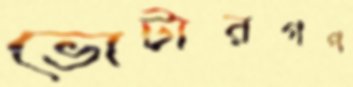
ভোটারগণ